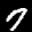
Label: 7